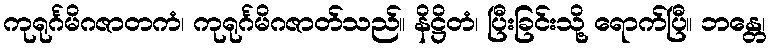
ကုရုင်္ဂမိဂဇာတကံ၊ ကုရုင်္ဂမိဂဇာတ်သည်။ နိဋ္ဌိတံ၊ ပြီးခြင်းသို့ ရောက်ပြီ။ ဘန္တေ၊